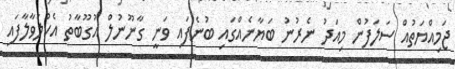
ޖަމިއްޔަތުއް ސަލަފުން މިއަދު ނެރުނު ބަޔާނެއްގައި ބުނެފައި ވަނީ ގާނޫނުލް އުގޫބާތު އެކުލަވާލާފައި